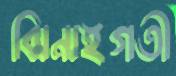
ঝিনাইগতী